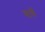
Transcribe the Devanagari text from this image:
गार्चे